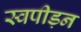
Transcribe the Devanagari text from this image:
स्वपीड़न